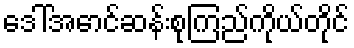
ဒေါ်အောင်ဆန်းစုကြည်ကိုယ်တိုင်